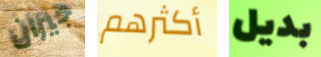
جيران أكثرهم بديل